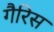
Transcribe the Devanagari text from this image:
गैरिस